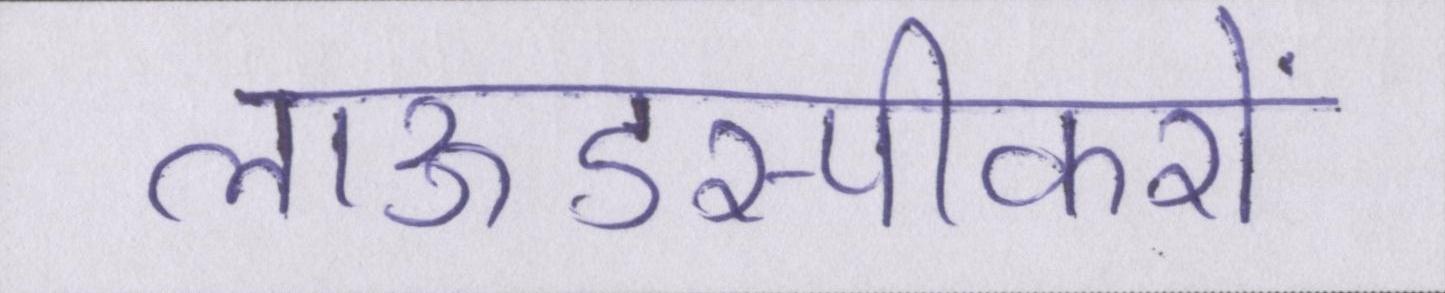
लाऊडस्पीकरों